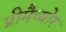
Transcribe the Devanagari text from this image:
प्रीमैच्योर